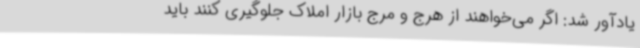
یادآور شد: اگر می‌خواهند از هرج و مرج بازار املاک جلوگیری کنند باید